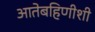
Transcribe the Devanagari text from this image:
आतेबहिणीशी